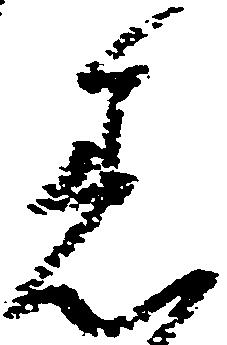
着